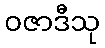
ဝဇာဒီသု